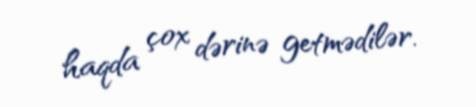
haqda çox dərinə getmədilər.